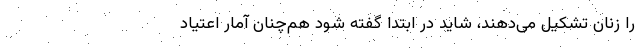
را زنان تشکیل می‌دهند، شاید در ابتدا گفته شود هم‌چنان آمار اعتیاد